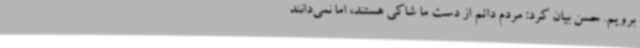
برویم. حسن بیان کرد: مردم دائم از دست ما شاکی هستند، اما نمی‌دانند